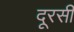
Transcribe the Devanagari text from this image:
दूरसी